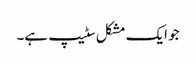
جو ایک مشکل سٹیپ ہے۔